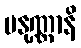
ပနုဏ္ဏာနိ